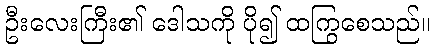
ဦးလေးကြီး၏ ဒေါသကို ပို၍ ထကြွစေသည်။